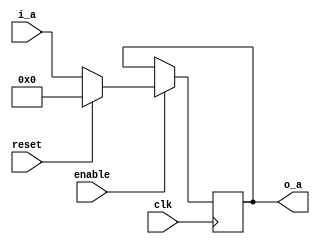
`timescale 1ns / 1ps
//////////////////////////////////////////////////////////////////////////////////
// Company: 
// Engineer: 
// 
// Design Name: 
// Module Name:    Ejercicio_3 
// Project Name: 
// Target Devices: 
// Tool versions: 
// Description: 
//
// Dependencies: 
//
// Revision: 
// Revision 0.01 - File Created
// Additional Comments: 
//
//////////////////////////////////////////////////////////////////////////////////
module Ejercicio_3
	#( parameter N = 32
		)
	(	input wire [N-1:0]i_a,
		output reg [N-1:0]o_a,
		input wire enable,
		input wire reset,
		input wire clk
	);

always @(posedge clk)
begin
if (enable == 1)
	if (reset == 1)
		o_a <= 0;
	else	
		o_a<=i_a;

end

endmodule